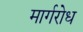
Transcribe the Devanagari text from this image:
मार्गरोध